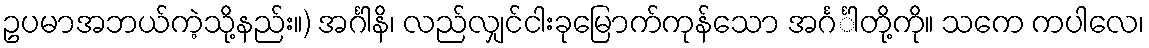
ဥပမာအဘယ်ကဲ့သို့နည်း။) အင်္ဂါနိ၊ လည်လျှင်ငါးခုမြောက်ကုန်သော အင်္ဂင်္ါတို့ကို။ သကေ ကပါလေ၊